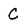
Character: C